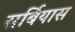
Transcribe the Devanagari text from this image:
सर्बियास